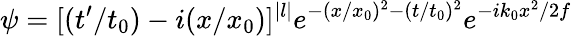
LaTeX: \psi=[(t^{\prime}/t_{0})-i(x/x_{0})]^{|l|}e^{-(x/x_{0})^{2}-(t/t_{0})^{2}}e^{-ik_{0}x^{2}/2f}